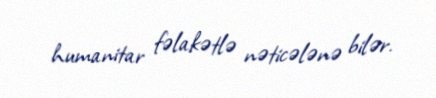
humanitar fəlakətlə nəticələnə bilər.